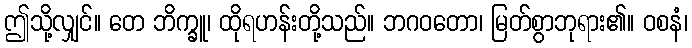
ဤသို့လျှင်။ တေ ဘိက္ခူ၊ ထိုရဟန်းတို့သည်။ ဘဂဝတော၊ မြတ်စွာဘုရား၏။ ဝစနံ၊